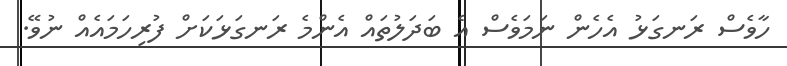
ހާވެސް ރަނގަޅު އެހެން ނަމަވެސް އެ ބަދަލުތައް އެންމެ ރަނގަޅަކަށް ފުރިހަމައެއް ނުވޭ.